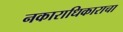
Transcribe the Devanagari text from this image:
नकाराधिकाराचा